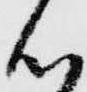
心